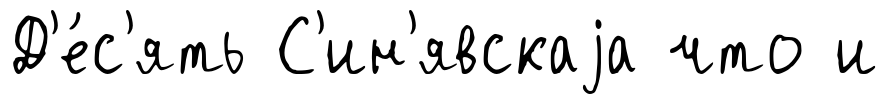
Д'е́с'ять С'ин'явскаjа что и